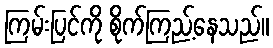
ကြမ်းပြင်ကို စိုက်ကြည့်နေသည်။